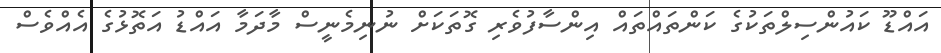
އައްޑޫ ކައުންސިލްތަކުގެ ކަންތައްތައް އިންސާފުވެރި ގޮތަކަށް ނުނިމެނީސް މާދަމާ އައްޑު އަތޮޅުގެ އެއްވެސް